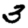
Digit: 3